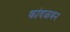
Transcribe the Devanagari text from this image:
कांदळवन